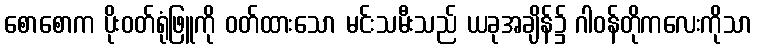
စောစောက ပိုးဝတ်ရုံဖြူကို ဝတ်ထားသော မင်းသမီးသည် ယခုအချိန်၌ ဂါဝန်တိုကလေးကိုသာ